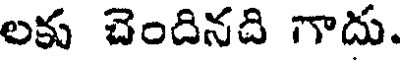
లకు చెందినది గాదు.